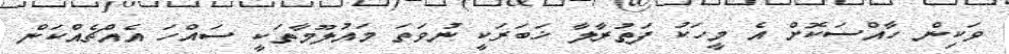
ވަކިން ހާއްސަކޮށް އެ މީހަކު ފަތުރާލާ ޚަބަރަކީ ނުވަތަ މައުލޫމާތަކީ ސައްހަ އެއްޗެއްކަން